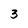
Character: 3